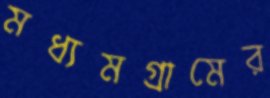
মধ্যমগ্রামের